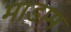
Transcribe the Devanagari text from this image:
माडाम